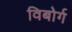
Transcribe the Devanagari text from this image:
विबोर्ग